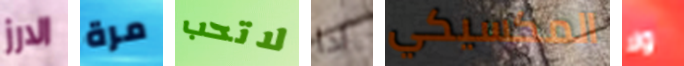
الارز مرة لاتحب اذا المكسيكي ولا